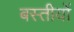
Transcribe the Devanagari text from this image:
बस्तीयों